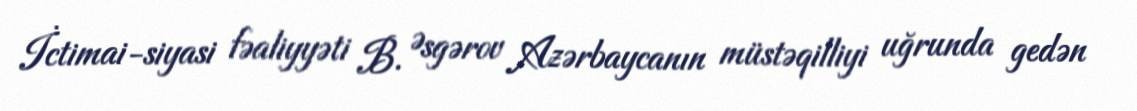
İctimai-siyasi fəaliyyəti B. Əsgərov Azərbaycanın müstəqilliyi uğrunda gedən